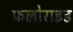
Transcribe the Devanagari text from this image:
फलोराइड